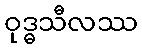
ဝုဒ္ဓသီလဿ